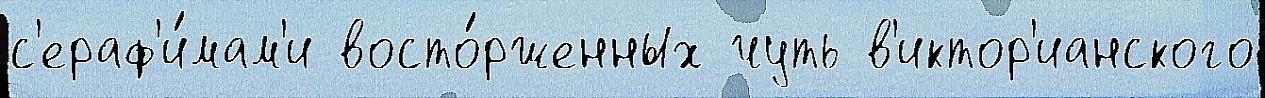
с'ераф'и́мам'и восто́рженных чуть в'иктор'ианского